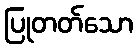
ပြုတတ်သော